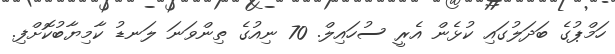
ހަމްޕުގެ ބަދަލުގައި ކުޅެން އެރީ ސުހައިލް. 70 ނިއުގެ ތިންވަނަ ލަނޑު ކާމިޔާބުކޮށްފި.